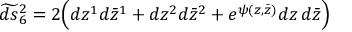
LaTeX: \widetilde { d s } { } _ { 6 } ^ { 2 } = 2 \Bigl ( d z ^ { 1 } d \bar { z } ^ { 1 } + d z ^ { 2 } d \bar { z } ^ { 2 } + e ^ { \psi ( z , \bar { z } ) } d z \, d \bar { z } \Bigr )